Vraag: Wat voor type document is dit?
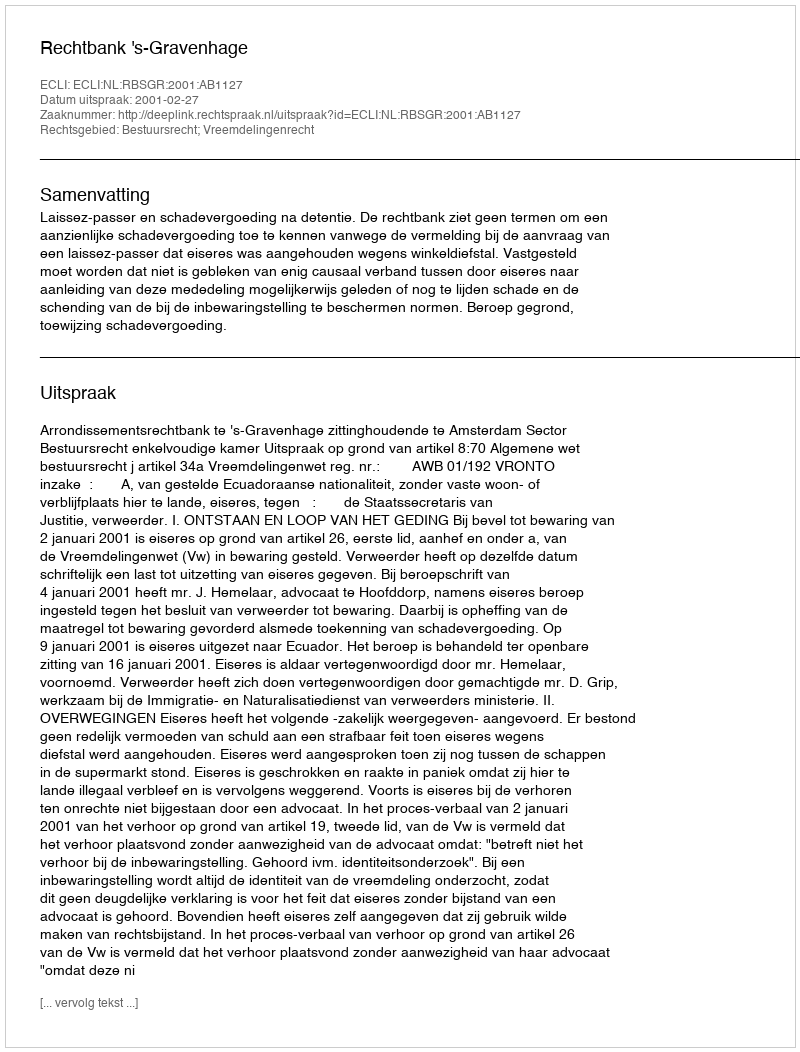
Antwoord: Uitspraak